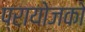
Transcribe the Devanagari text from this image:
प्रायोजको